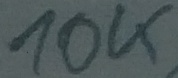
Text: 100K